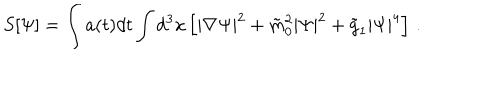
S [ \Psi ] = \int a ( t ) d t \int d ^ { 3 } x \left[ | \nabla \Psi | ^ { 2 } + \tilde { m } _ { 0 } ^ { 2 } | \Psi | ^ { 2 } + \tilde { g } _ { 1 } | \Psi | ^ { 4 } \right] \, .